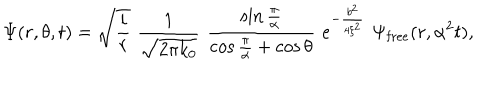
\Psi ( r , \theta , t ) = \sqrt { { \frac { i } { r } } } \, \, { \frac { 1 } { \sqrt { 2 \pi k _ { 0 } } } } \, \, { \frac { \sin { \frac { \pi } { \alpha } } } { \cos { \frac { \pi } { \alpha } } + \cos \theta } } \, \, e ^ { - { \frac { b ^ { 2 } } { 4 \xi ^ { 2 } } } } \, \, \Psi _ { \mathrm { { f r e e } } } ( r , \alpha ^ { 2 } t ) ,